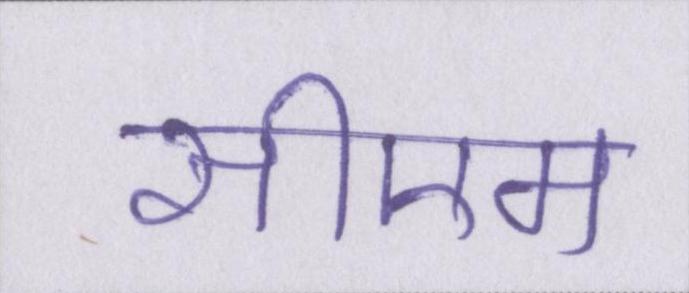
सीएम